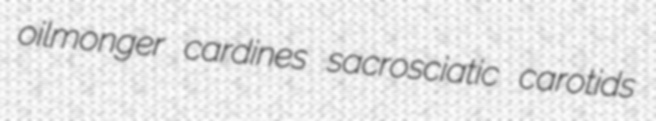
oilmonger cardines sacrosciatic carotids